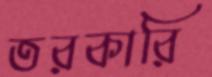
তরকারি